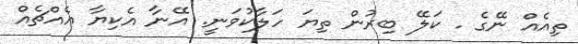
ތިއެއް ނޭގެ . ކަލޭ ބިރުން ތިޔަ ހަލާކުވަނީ. އޭނާ އެކިޔާ އެއްޗެއް